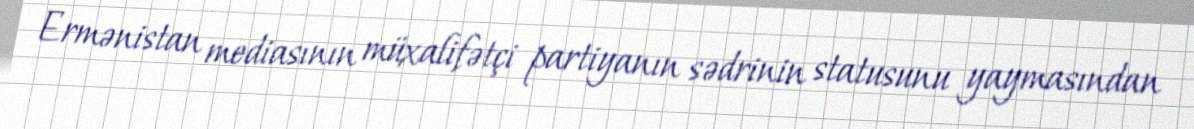
Ermənistan mediasının müxalifətçi partiyanın sədrinin statusunu yaymasından